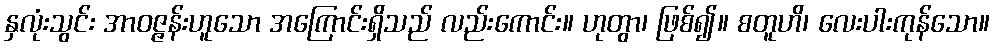
နှလုံးသွင်း အာဝဇ္ဇန်းဟူသော အကြောင်းရှိသည် လည်းကောင်း။ ဟုတွာ၊ ဖြစ်၍။ စတူဟိ၊ လေးပါးကုန်သော။